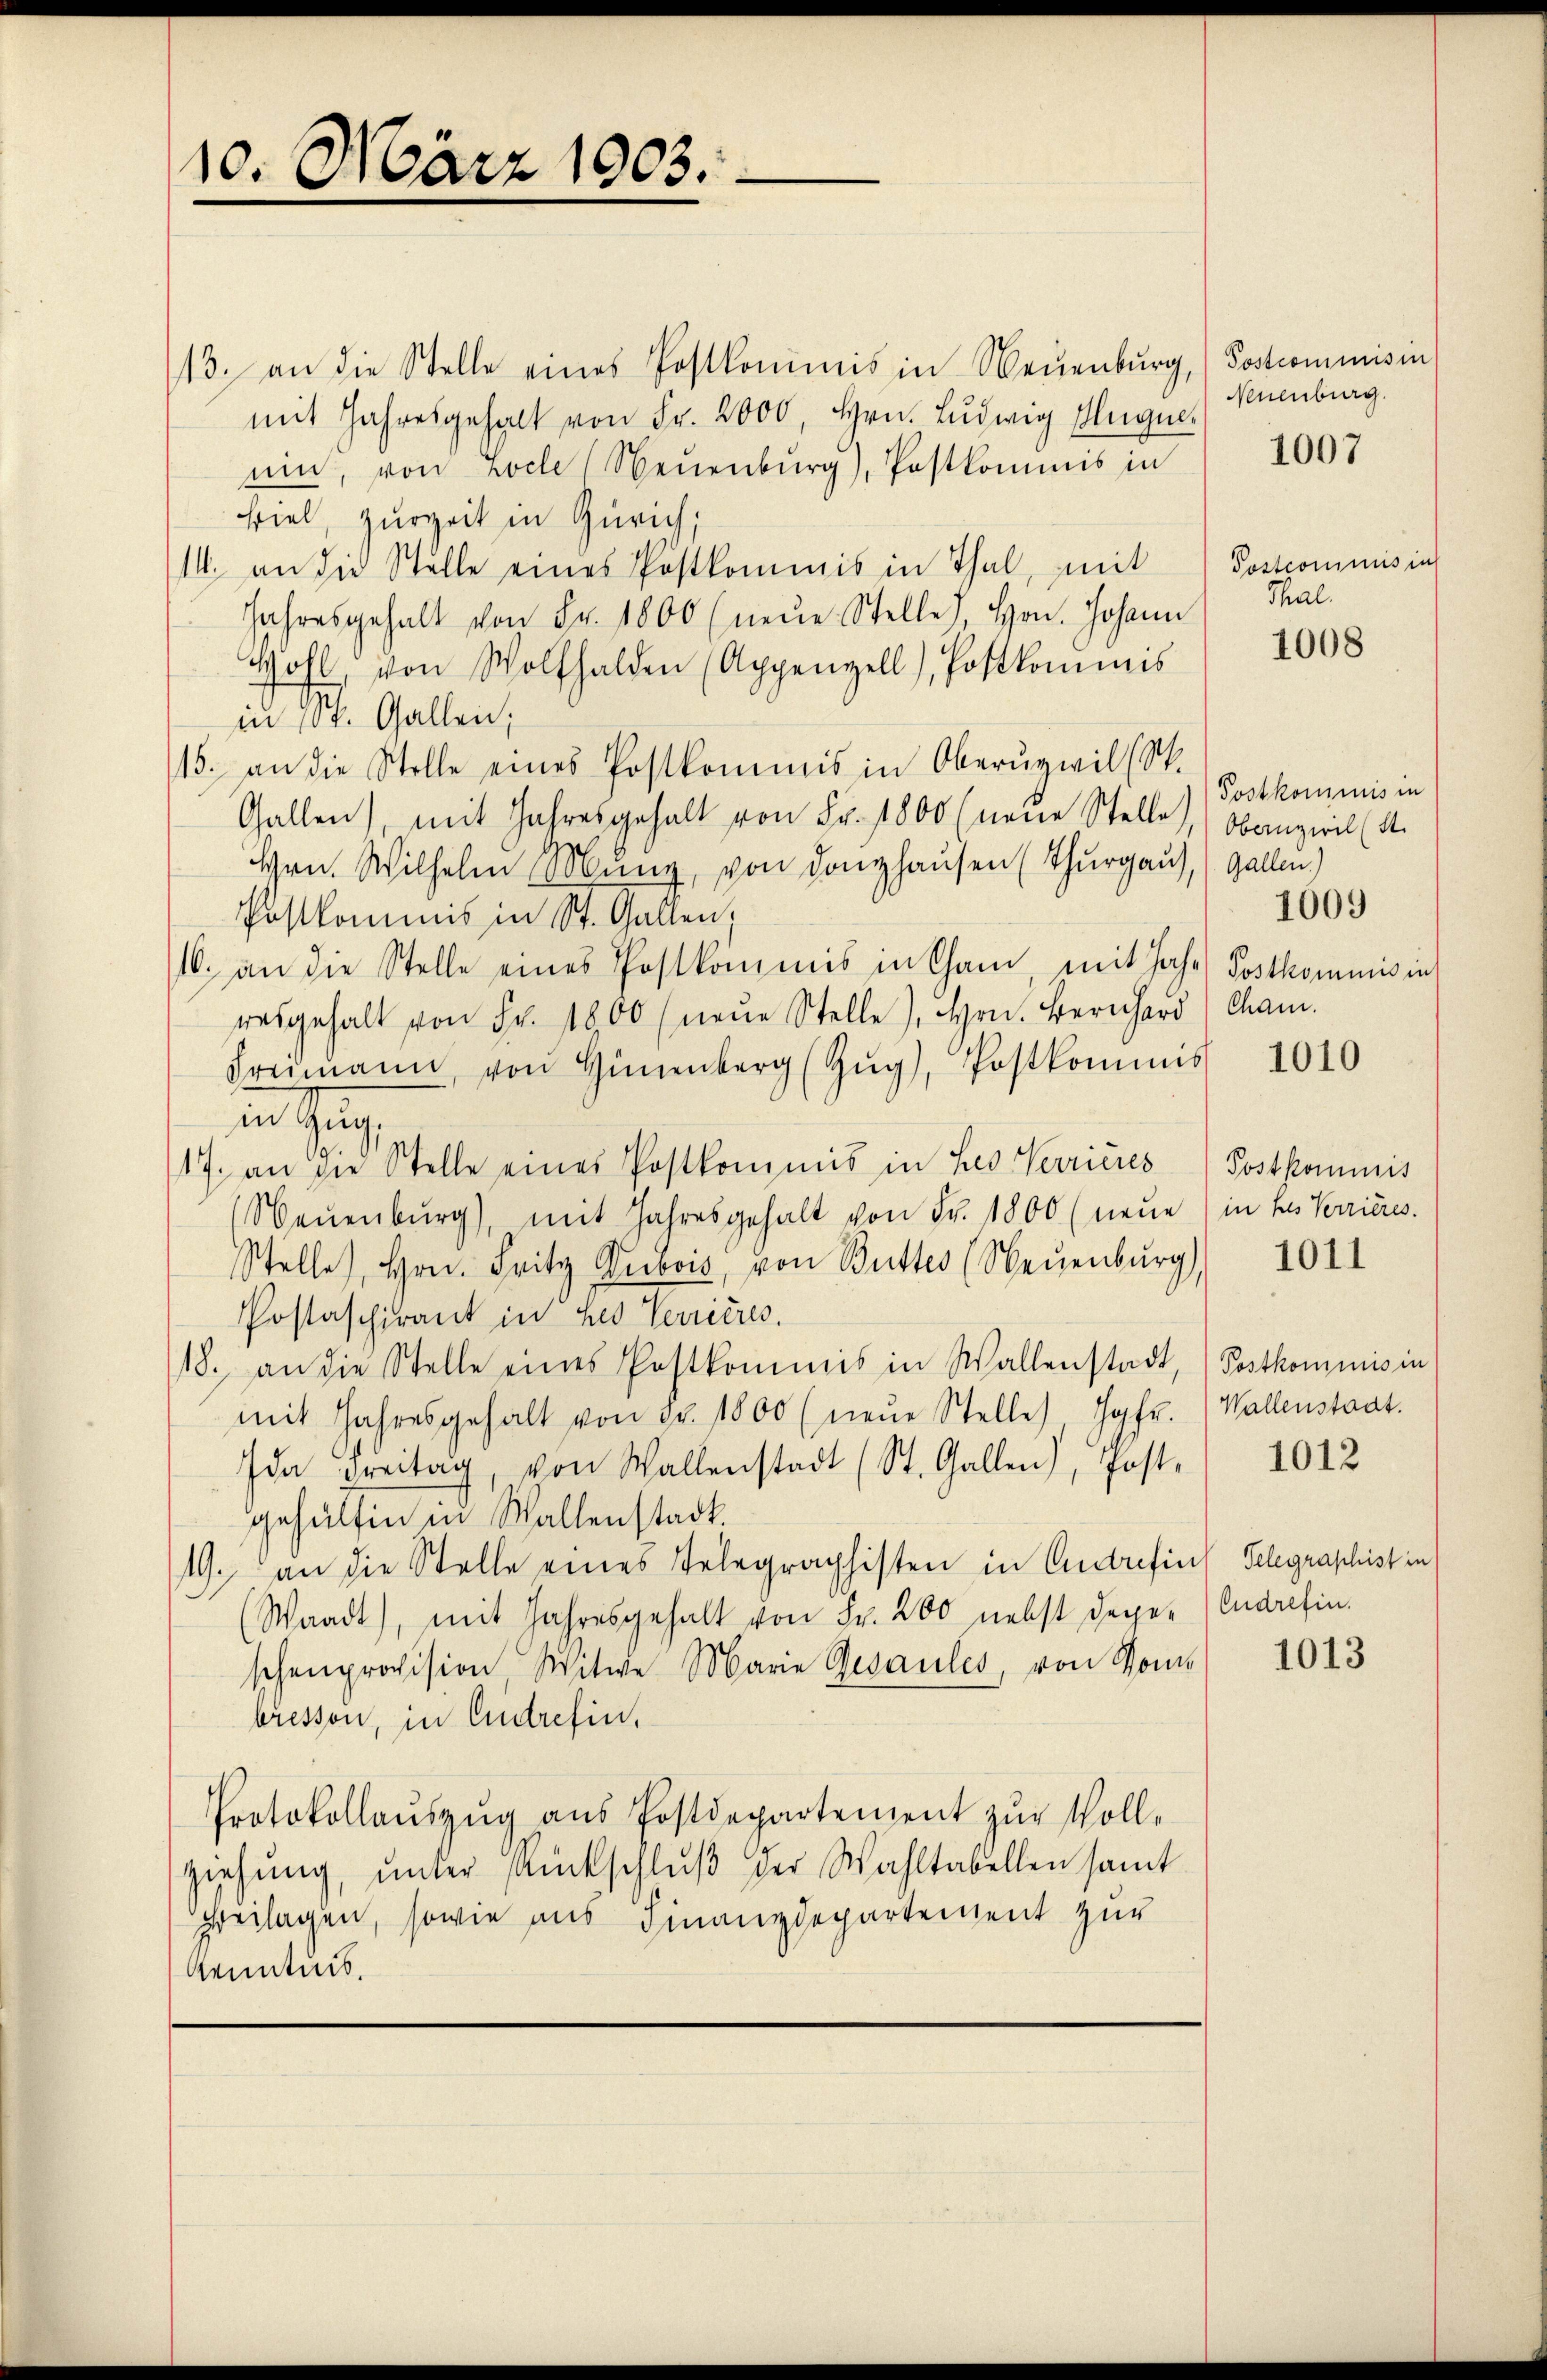
10. März 1903.

13. an die Stelle eines Postkommis in Neuenburg, Postcommis in
mit Jahresgehalt von Fr. 2000, Hrn. Ludwig Mugue
ein, von Loche Neuenburg), Postkommis in
viel, zurzeit in Zürich;
14. an die Stelle eines Postkommis in Thal, mit Postcommis in
Jahresgehalt von Fr. 1800 (neŭe Stelle), Hrn. Johann
Hohl, von Wolfhalden (Appenzell), Postkommis
in St. Gallen;
15. an die Stelle eines Postkommis in Oberuzwil (S.
Gallen, mit Jahresgehalt von Fr. 1800 (neue Stelle Obenzwil (4.
Hrn. Wilhelm Menz, von donghausen (Thurgau), Gallen)
Postkommnis in St. Gallen.
16. an die Stelle eines Postkommis in Cham mit Jahr Postkommnis in
resgehalt von Fr. 1800 (neŭe Stelle), Hrn. Bernhard Cham.
Freimann von Hünenberg (Zŭg), Postkommis

17. an die Stelle eines Postkommis in des Verrieres (Postkommis
Neuenburg), mit Jahresgehalt von Fr. 1800 (neŭe ) in des Verrieres.
Stelle, Hrn. Fritz Dubois, von Butter (Neuenburg)
Postaschirant in her Verrières.
18. an die Stelle eines Postkommis in Wallenstadt, Postkommnis in
mit Jahresgehalt von Fr. 1800 (neŭe Stelle) Jgfr. (Wallenstaat.
Ida Freitag, von Wallenstadt (St. Gallen), Post.
gehülfen in Wallenstadt.
19. an die Stelle eines Telegraphisten in Antrefins Telegraphist in
Waadt), mit Jahresgehalt von Fr. 200 nebst deper (Endrefin.
schenprovision Witwe Marie Gesaules, von Sombressen, in Eintrefin,
Protokollauszug aus Postdepartement zur Vollziehung, unter Rückschluß der Wahltabellen samt
Heilagen, sowie aus Finanzdepartement zur
Kenntnis.

Neuenburg.

1007

Thal.

1008

Postkommnis in
1009

1010

1011

1012

1013